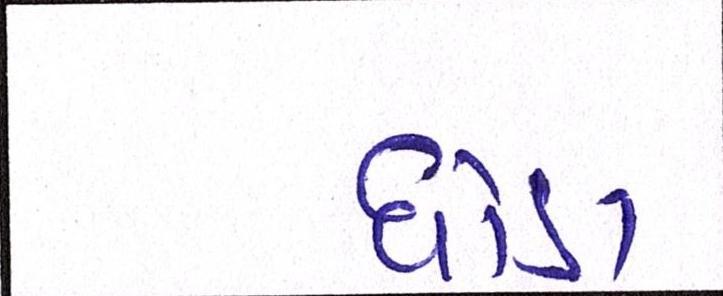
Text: ઘોડા